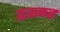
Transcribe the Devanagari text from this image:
ढवळत